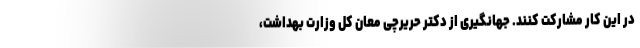
در این کار مشارکت کنند. جهانگیری از دکتر حریرچی معان کل وزارت بهداشت،